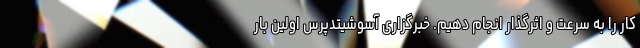
کار را به سرعت و اثرگذار انجام دهیم. خبرگزاری آسوشیتدپرس اولین بار